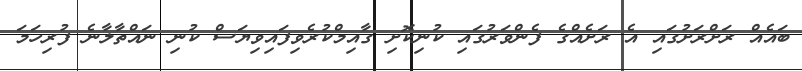
ބައެއް ރަށްރަށުގައި އެ ރަށެއްގެ ފެންވަރުގައި ކުނިކޮށި ގާއިމްކުރެވިފައިވިޔަސް ކުނި ނައްތާލާނެ ފުރިހަމަ